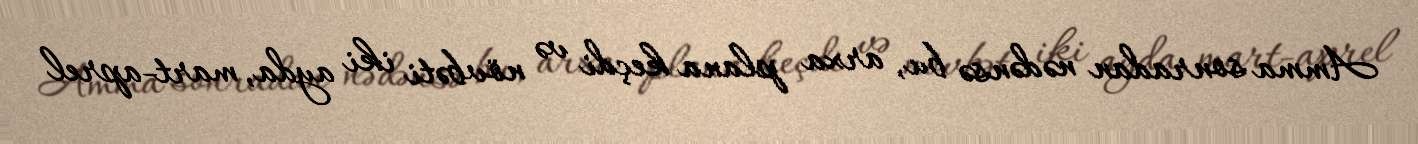
Amma sonradan nədənsə bu, arxa plana keçdi və növbəti iki ayda, mart-aprel